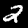
Label: 2